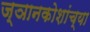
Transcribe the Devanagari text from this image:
ज्ञानकोशांच्या